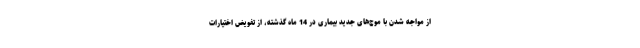
از مواجه شدن با موج‌های جدید بیماری در 14 ماه گذشته، از تفویض اختیارات